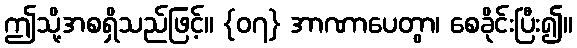
ဤသို့အစရှိသည်ဖြင့်။ {၀၇} အာဏာပေတွာ၊ စေခိုင်းပြီး၍။